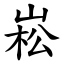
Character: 崧